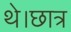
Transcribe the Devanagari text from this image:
थे।छात्र